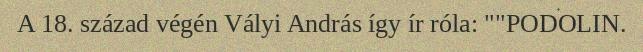
A 18. század végén Vályi András így ír róla: ""PODOLIN.